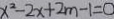
x ^ { 2 } - 2 x + 2 m - 1 = 0